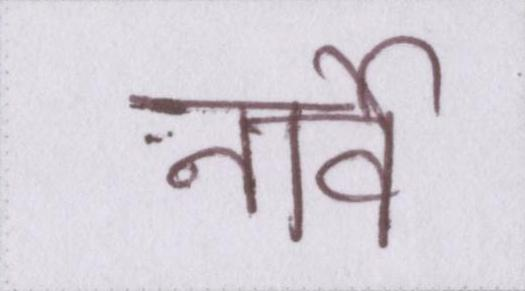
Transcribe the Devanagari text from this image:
नार्वे